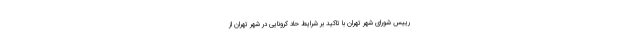
رییس شورای شهر تهران با تاکید بر شرایط حاد کرونایی در شهر تهران از